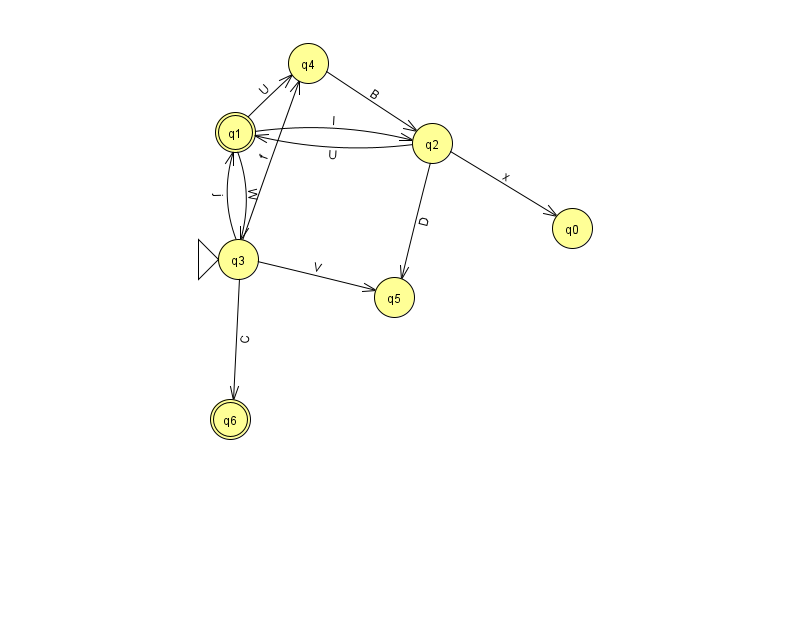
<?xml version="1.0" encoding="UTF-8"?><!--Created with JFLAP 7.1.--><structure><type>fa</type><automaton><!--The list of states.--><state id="0" name="q0"><x>572.0</x><y>215.0</y></state><state id="1" name="q1"><x>235.0</x><y>119.0</y><final/></state><state id="2" name="q2"><x>432.0</x><y>130.0</y></state><state id="3" name="q3"><x>238.0</x><y>246.0</y><initial/></state><state id="4" name="q4"><x>308.0</x><y>50.0</y></state><state id="5" name="q5"><x>394.0</x><y>284.0</y></state><state id="6" name="q6"><x>230.0</x><y>406.0</y><final/></state><!--The list of transitions.--><transition><from>3</from><to>1</to><read>j</read></transition><transition><from>4</from><to>2</to><read>B</read></transition><transition><from>3</from><to>5</to><read>V</read></transition><transition><from>2</from><to>0</to><read>x</read></transition><transition><from>1</from><to>2</to><read>l</read></transition><transition><from>2</from><to>5</to><read>D</read></transition><transition><from>3</from><to>4</to><read>f</read></transition><transition><from>3</from><to>6</to><read>C</read></transition><transition><from>1</from><to>3</to><read>W</read></transition><transition><from>1</from><to>4</to><read>U</read></transition><transition><from>2</from><to>1</to><read>U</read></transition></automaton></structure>